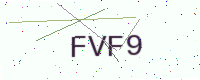
Text: FVF9